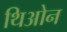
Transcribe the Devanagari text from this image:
थिओन